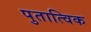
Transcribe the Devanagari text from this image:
पुतात्विक